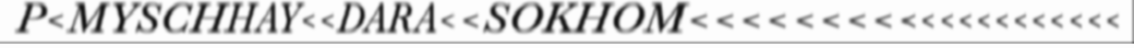
P<MYSCHHAY<<DARA<<SOKHOM<<<<<<<<<<<<<<<<<<<<